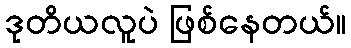
ဒုတိယလူပဲ ဖြစ်နေတယ်။